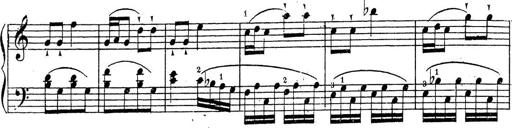
Title: 10 Sonatinas
Composer: Fritz Spindler